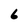
Character: 6